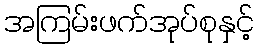
အကြမ်းဖက်အုပ်စုနှင့်